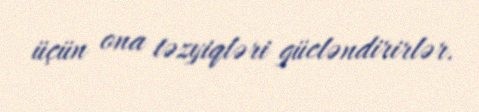
üçün ona təzyiqləri gücləndirirlər.